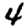
Digit: 4